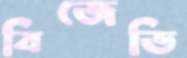
বিজেডি